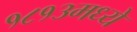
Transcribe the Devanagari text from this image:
१८१३मध्ये